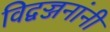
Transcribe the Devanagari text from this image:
विद्वज्जनांनी